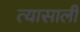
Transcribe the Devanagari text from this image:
त्‍यासाली